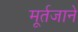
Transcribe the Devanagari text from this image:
मूर्तजाने